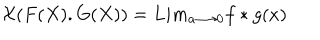
{ \cal X } ( F ( X ) . G ( X ) ) = L i m _ { a { \longrightarrow } 0 } f * g ( x )